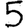
Digit: 5